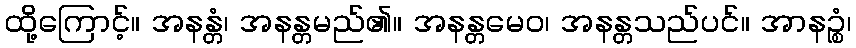
ထို့ကြောင့်။ အနန္တံ၊ အနန္တမည်၏။ အနန္တမေဝ၊ အနန္တသည်ပင်။ အာနဉ္စံ၊